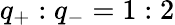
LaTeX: q_{+}:q_{-}=1:2